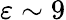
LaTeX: \varepsilon\sim 9